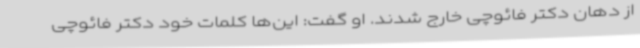
از دهان دکتر فائوچی خارج شدند. او گفت: این‌ها کلمات خود دکتر فائوچی